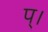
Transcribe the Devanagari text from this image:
प्।